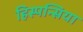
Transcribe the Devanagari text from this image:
हिस्पन्सिया